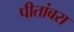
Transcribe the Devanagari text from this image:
पीतांबरा